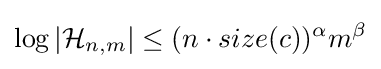
\log |{\mathcal {H}}_{n,m}|\leq (n\cdot size(c))^{\alpha }m^{\beta }